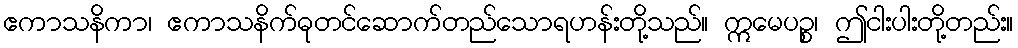
ဧကာသနိကာ၊ ဧကာသနိက်ဓုတင်ဆောက်တည်သောရဟန်းတို့သည်။ ဣမေပဉ္စ၊ ဤငါးပါးတို့တည်း။